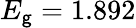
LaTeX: E_{\mathsf{g}}=1.892